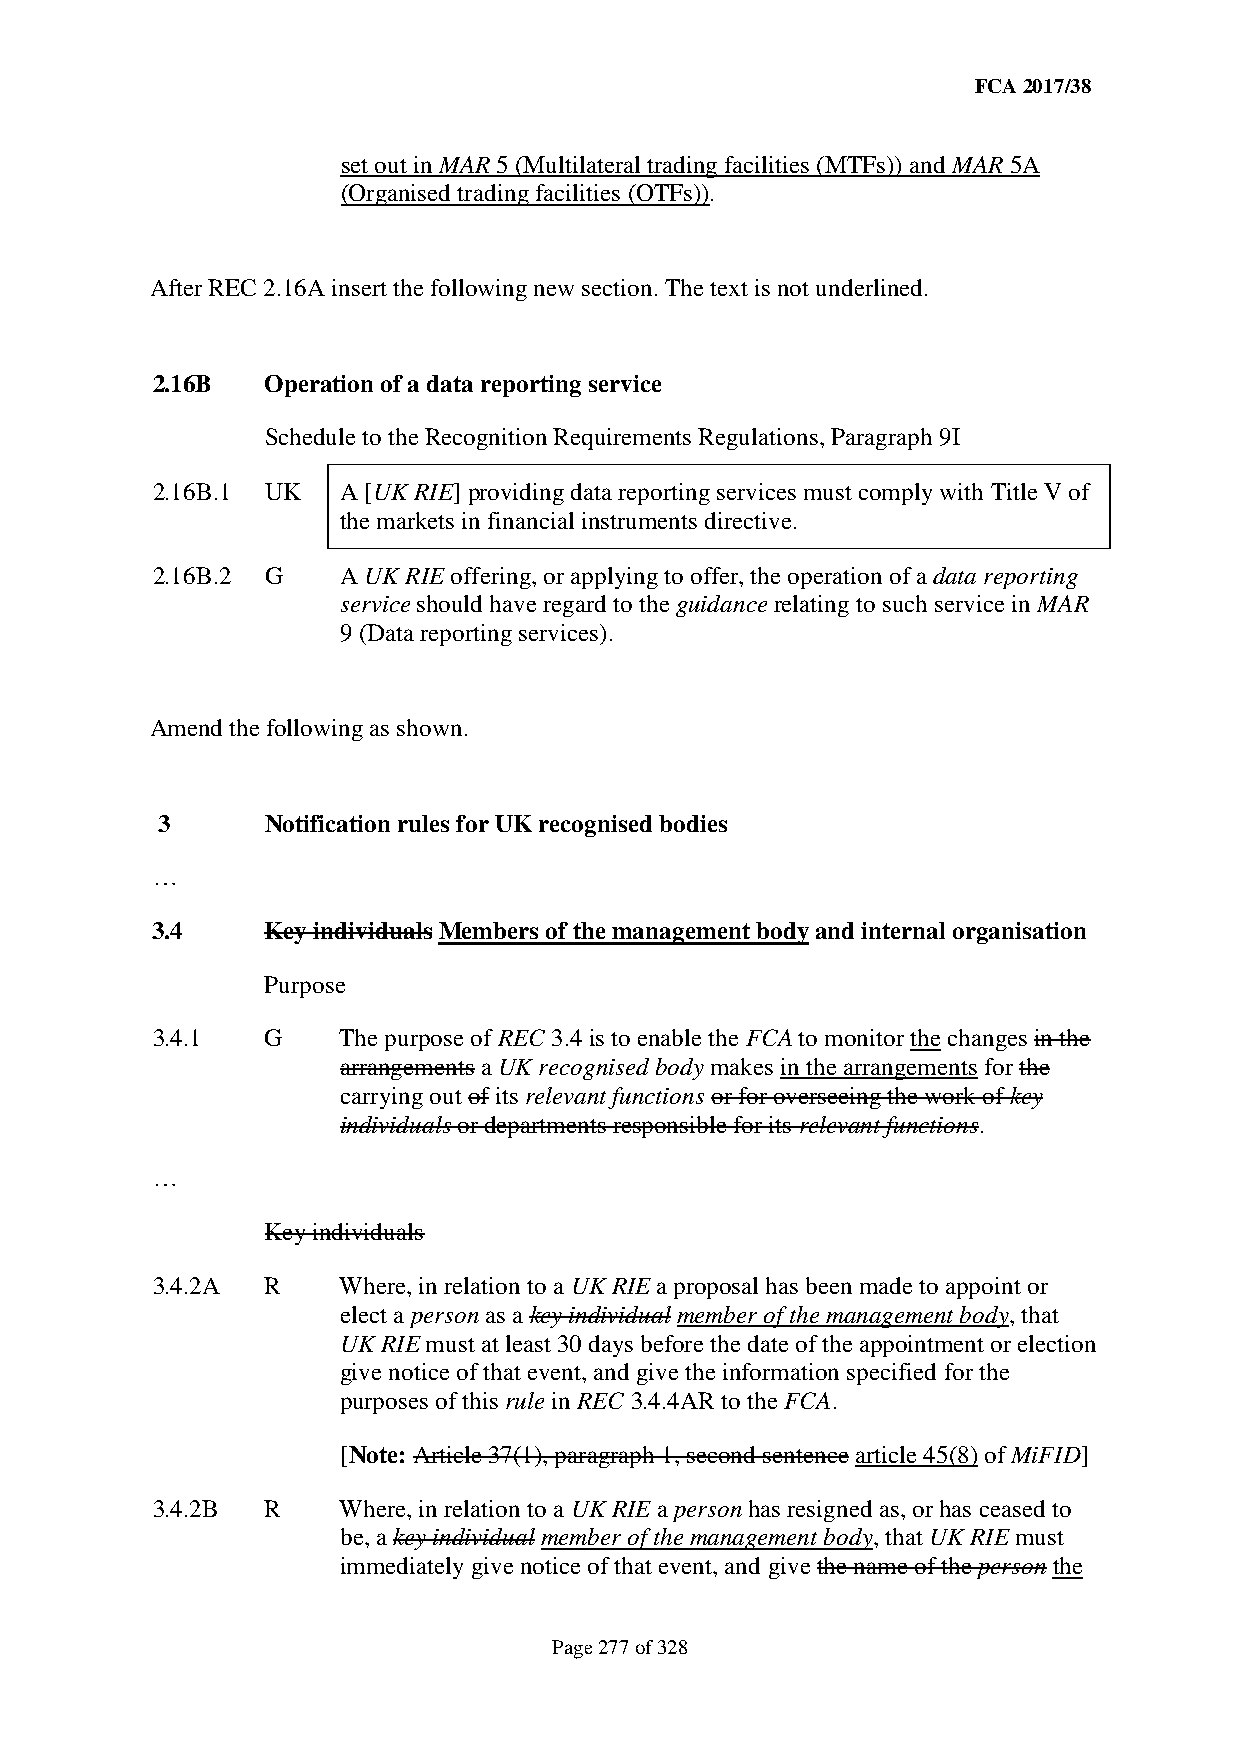
FCA 2017/38
 set out in MAR 5 (Multilateral trading facilities (MTFs)) and MAR 5A
 (Organised trading facilities (OTFs)).
 After REC 2.16A insert the following new section. The text is not underlined.
 2.16B   Operation of a data reporting service
 Schedule to the Recognition Requirements Regulations, Paragraph 9I
 2.16B.1 UK   A [UK RIE] providing data reporting services must comply with Title V of
 the markets in financial instruments directive.
 2.16B.2 G    A UK RIE offering, or applying to offer, the operation of a data reporting
 service should have regard to the guidance relating to such service in MAR
 9 (Data reporting services).
 Amend the following as shown.
 3      Notification rules for UK recognised bodies
 …
 3.4    Key individuals Members of the management body and internal organisation
 Purpose
 3.4.1   G    The purpose of REC 3.4 is to enable the FCA to monitor the changes in the
 arrangements a UK recognised body makes in the arrangements for the
 carrying out of its relevant functions or for overseeing the work of key
 individuals or departments responsible for its relevant functions.
 …
 Key individuals
 3.4.2A  R    Where, in relation to a UK RIE a proposal has been made to appoint or
 elect a person as a key individual member of the management body, that
 UK RIE must at least 30 days before the date of the appointment or election
 give notice of that event, and give the information specified for the
 purposes of this rule in REC 3.4.4AR to the FCA.
 [Note: Article 37(1), paragraph 1, second sentence article 45(8) of MiFID]
 3.4.2B  R    Where, in relation to a UK RIE a person has resigned as, or has ceased to
 be, a key individual member of the management body, that UK RIE must
 immediately give notice of that event, and give the name of the person the
 Page 277 of 328